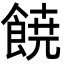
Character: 𩜙